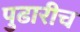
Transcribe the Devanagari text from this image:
पुढारीच